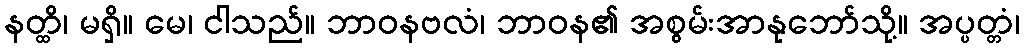
နတ္ထိ၊ မရှိ။ မေ၊ ငါသည်။ ဘာဝနဗလံ၊ ဘာဝန၏ အစွမ်းအာနုဘော်သို့။ အပ္ပတ္တံ၊